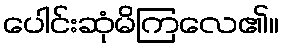
ပေါင်းဆုံမိကြလေ၏။